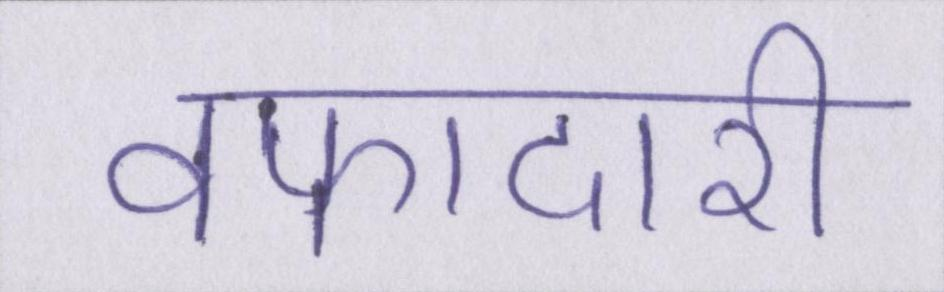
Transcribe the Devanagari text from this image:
वफादारी